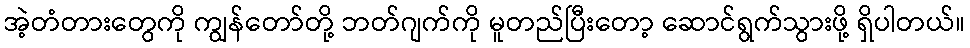
အဲ့တံတားတွေကို ကျွန်တော်တို့ ဘတ်ဂျက်ကို မူတည်ပြီးတော့ ဆောင်ရွက်သွားဖို့ ရှိပါတယ်။